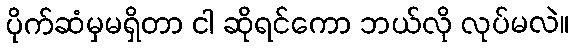
ပိုက်ဆံမှမရှိတာ ငါ ဆိုရင်ကော ဘယ်လို လုပ်မလဲ။